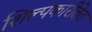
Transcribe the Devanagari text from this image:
शिल्पकारीतेत